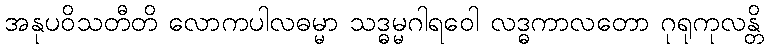
အနုပဝိသတီတိ လောကပါလဓမ္မာ သဒ္ဓမ္မဂါရဝေါ လဒ္ဓကာလတော ဂုရုကုလန္တိ